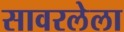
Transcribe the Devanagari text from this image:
सावरलेला